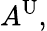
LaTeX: A^{\mathrm{U}},